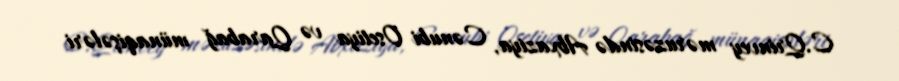
C.Qrinvey məruzəsində Abxaziya, Cənubi Osetiya və Qarabağ münaqişələri